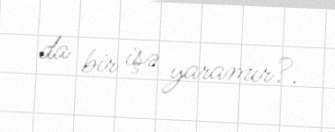
da bir işə yaramır?.